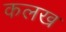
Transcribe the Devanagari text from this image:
कलख